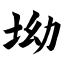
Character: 坳